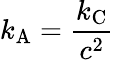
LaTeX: k_{\mathrm{{A}}}={\frac{k_{\mathrm{{C}}}}{c^{2}}}